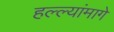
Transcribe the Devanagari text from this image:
हल्ल्यांमागे